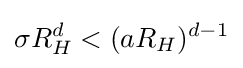
\sigma R_{H}^{d}<(aR_{H})^{d-1}